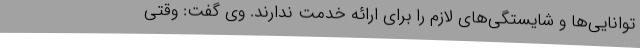
توانایی‌ها و شایستگی‌های لازم را برای ارائه خدمت ندارند. وی گفت: وقتی